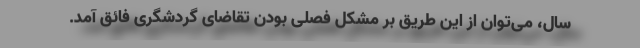
سال، می‌توان از این طریق بر مشکل فصلی‌ بودن تقاضای گردشگری فائق آمد.